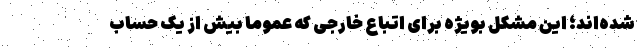
شده‌اند؛ این مشکل بویژه برای اتباع خارجی که عموماً بیش از یک حساب